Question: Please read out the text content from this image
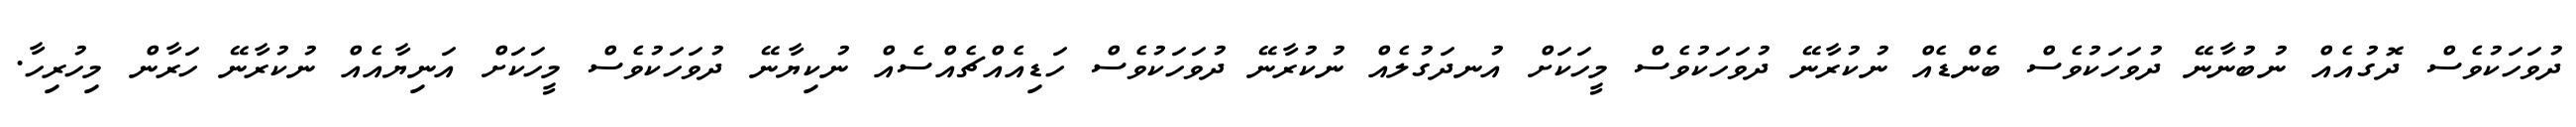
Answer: ދުވަހަކުވެސް ދޮގުއެއް ނުބުނާނޭ ދުވަހަކުވެސް ބެންޑެއް ނުކުރާނޭ ދުވަހަކުވެސް މީހަކަށް އުނދަގުލެއް ނުކުރާނޭ ދުވަހަކުވެސް ހަޑިއެއްޗެއްސެއް ނުކިޔާނޭ ދުވަހަކުވެސް މީހަކަށް އަނިޔާއެއް ނުކުރާނޭ ހަރާން މިހުރިހާ.